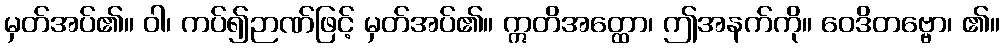
မှတ်အပ်၏။ ဝါ၊ ကပ်၍ဉာဏ်ဖြင့် မှတ်အပ်၏။ ဣတိအတ္ထော၊ ဤအနက်ကို။ ဝေဒိတဗ္ဗော၊ ၏။